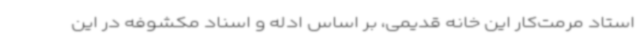
استاد مرمت‌کار این خانه قدیمی، بر اساس ادله و اسناد مکشوفه در این